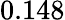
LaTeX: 0.148